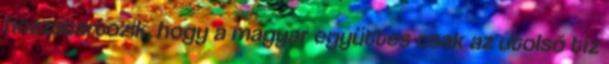
hozzátartozik, hogy a magyar együttes csak az utolsó tíz